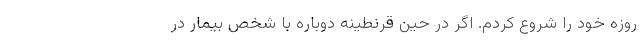
روزهٔ خود را شروع کردم. اگر در حین قرنطینه دوباره با شخص بیمار در